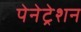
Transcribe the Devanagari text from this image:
पेनेट्रेशन